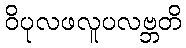
ဝိပုလဖလူပလဗ္ဘတိ